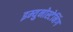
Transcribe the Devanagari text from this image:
इम्युनोस्टेनिंग